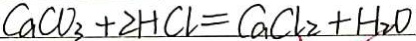
C a C O _ { 3 } + 2 H C l = C a C l _ { 2 } + H _ { 2 } O